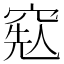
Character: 𥦥